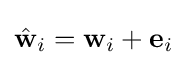
{\hat {\mathbf {w} }}_{i}=\mathbf {w} _{i}+\mathbf {e} _{i}